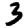
Digit: 3